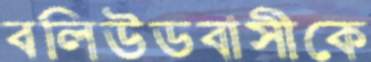
বলিউডবাসীকে